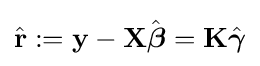
{\hat {\mathbf {r} }}:=\mathbf {y} -\mathbf {X} {\hat {\boldsymbol {\beta }}}=\mathbf {K} {\hat {\boldsymbol {\gamma }}}